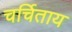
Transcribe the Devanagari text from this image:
चर्चिताय